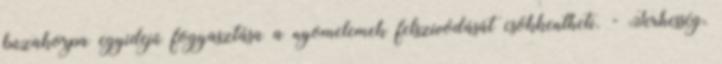
búzakorpa egyidejű fogyasztása a nyomelemek felszívódását csökkentheti. - Terhesség,